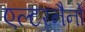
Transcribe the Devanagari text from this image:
एल्टरनैनो